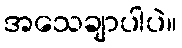
အသေချာပါပဲ။